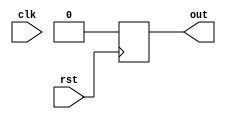
module example (
    input wire clk,
    input wire rst,
    output reg out
);

always @ (negedge rst) begin
    // Code to be executed on negedge of reset signal
    // Example: Resetting output signal
    out <= 0;
end

endmodule